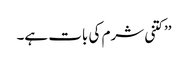
’’کتنی شرم کی بات ہے۔